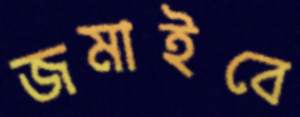
জমাইবে